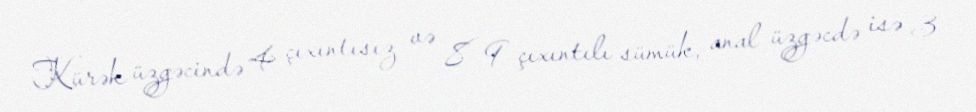
Kürək üzgəcində 4 çıxıntısız və 8–9 çıxıntılı sümük, anal üzgəcdə isə 3